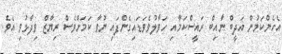
އެހެންކަމުން އަދީބް ނާއިބް ރައީސްކަމާއި ހަވާލުވެވަޑައިގެންފައި ނުވާ ކަމަށްވެސް ރިޔާޒް ވިދާޅުވި އެވެ.